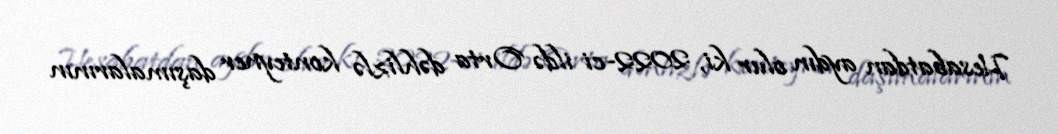
Hesabatdan aydın olur ki, 2022-ci ildə Orta dəhlizlə konteyner daşımalarının